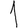
Digit: 1